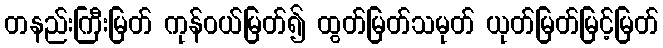
တနည်းကြီးမြတ် ကုန်ဝယ်မြတ်၍ ထွတ်မြတ်သမုတ် ယုတ်မြတ်မြင့်မြတ်